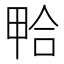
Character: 𱓃